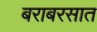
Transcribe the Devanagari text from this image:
बराबरसात